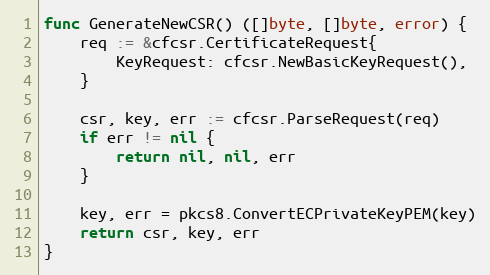
Language: Go
func GenerateNewCSR() ([]byte, []byte, error) {
	req := &cfcsr.CertificateRequest{
		KeyRequest: cfcsr.NewBasicKeyRequest(),
	}

	csr, key, err := cfcsr.ParseRequest(req)
	if err != nil {
		return nil, nil, err
	}

	key, err = pkcs8.ConvertECPrivateKeyPEM(key)
	return csr, key, err
}